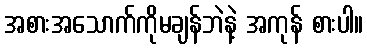
အစားအသောက်ကိုမချန်ဘဲနဲ့ အကုန် စားပါ။